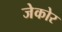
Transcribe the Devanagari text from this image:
जेकोर